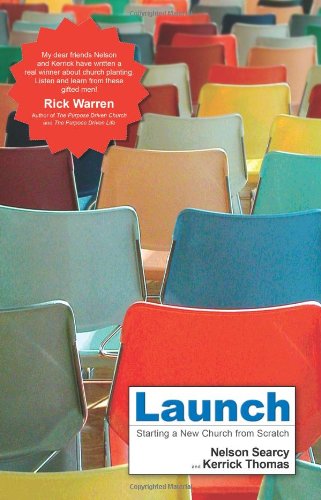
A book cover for Launch: Starting a New Church from Scratch; Nelson Searcy; Christian Books & Bibles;